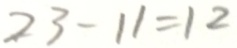
2 3 - 1 1 = 1 2